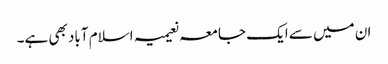
ان میں سے ایک جامعہ نعیمیہ اسلام آباد بھی ہے۔